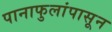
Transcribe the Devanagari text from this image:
पानाफुलांपासून